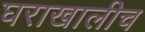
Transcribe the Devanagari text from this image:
घराखालीच